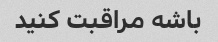
باشه مراقبت کنید